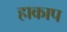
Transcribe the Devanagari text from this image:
हाकाप